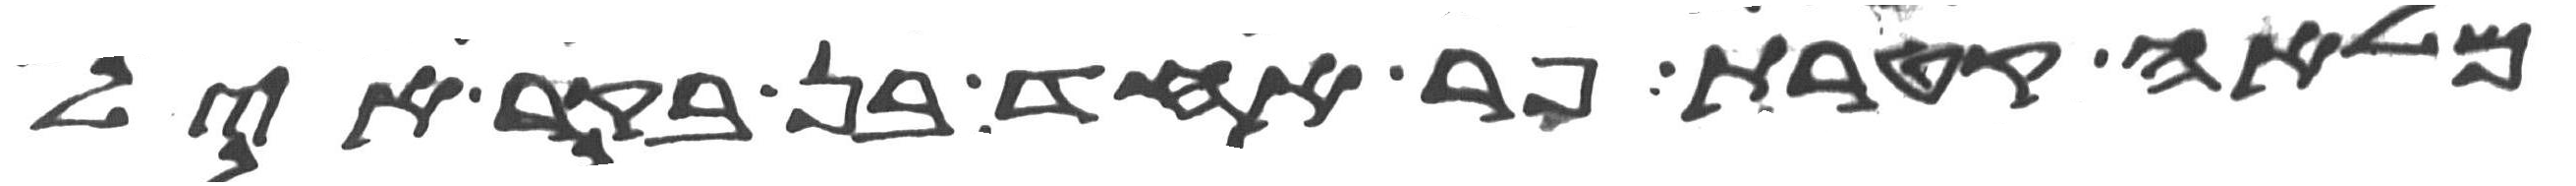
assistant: מלאה קטרת פר אחד בן בקר איל